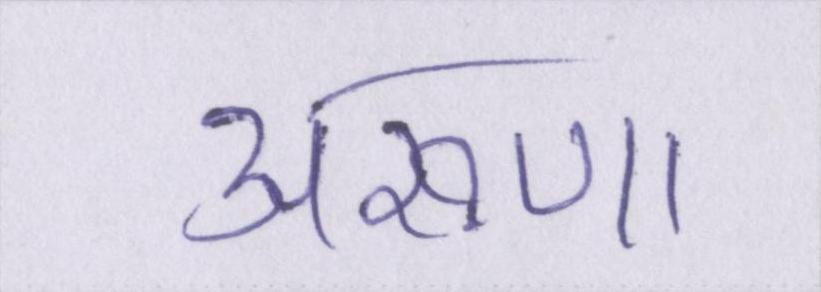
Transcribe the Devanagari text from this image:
अरूणा